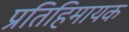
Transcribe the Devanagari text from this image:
प्रतिहिमायक